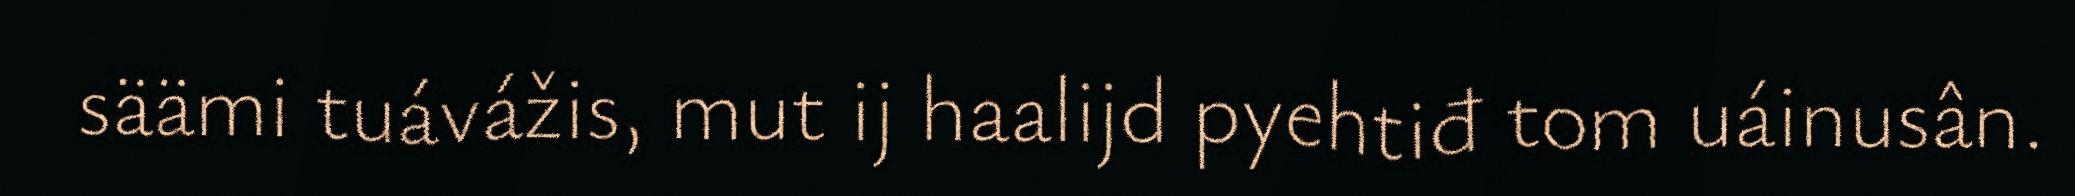
säämi tuávážis, mut ij haalijd pyehtiđ tom uáinusân.